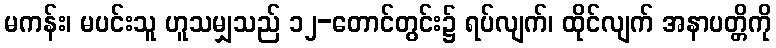
မကန်း၊ မပင်းသူ ဟူသမျှသည် ၁၂-တောင်တွင်း၌ ရပ်လျက်၊ ထိုင်လျက် အနာပတ္တိကို